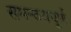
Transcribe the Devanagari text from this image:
समन्वयपूर्ण